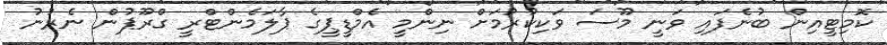
ކޮމިޓީއިން ބުނެފައި ވަނީ މޫސަ ވަކިކުރުމަށް ނިންމީ އެމްޑީޕީގެ ޕާލަމެންޓްރީ ގްރޫޕުން ނެރުނު